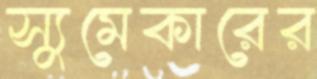
স্যুমেকারের